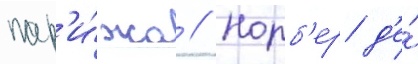
пар'и́жа // Норб'ер д'е́